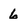
Character: 6